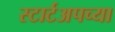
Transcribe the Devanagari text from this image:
स्टार्टअपच्या